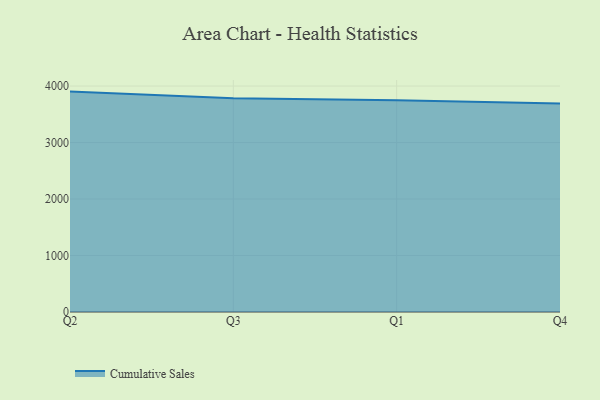
{"axis": {"x": "Quarter", "y": "Active Users"}, "legend": ["Cumulative Sales"], "data": [{"x": "Q2", "y": 3901.7, "type": "Cumulative Sales"}, {"x": "Q3", "y": 3782.9, "type": "Cumulative Sales"}, {"x": "Q1", "y": 3750.6, "type": "Cumulative Sales"}, {"x": "Q4", "y": 3692.0, "type": "Cumulative Sales"}]}